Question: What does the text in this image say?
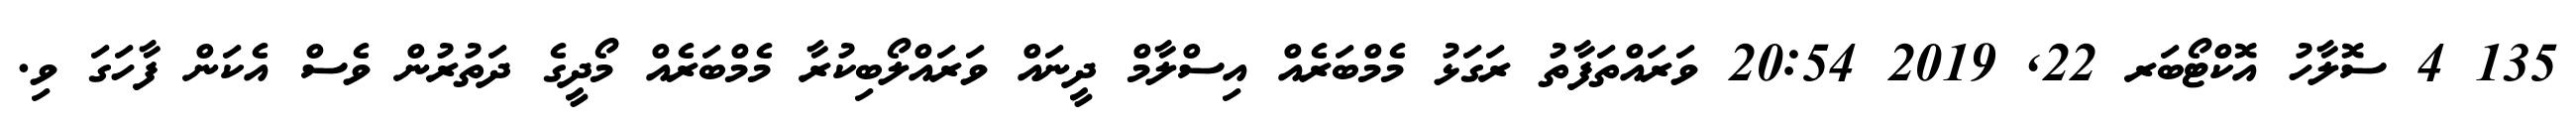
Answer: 135 4 ސޮލާހު އޮކްޓޯބަރ 22, 2019 20:54 ވަރައްތަފާތު ރަގަޅު މެމްބަރެއް އިސްލާމް ދީނައް ވަރައްލޯބިކުރާ މެމްބަރެއް މޯދީގެ ދަތުރުން ވެސް އެކަން ފާހަގަ ވި.